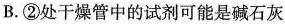
B.②处干燥管中的试剂可能是碱石灰